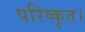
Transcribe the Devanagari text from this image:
परिष्कृत।